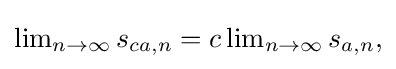
{\textstyle \lim _{n\rightarrow \infty }s_{ca,n}=c\lim _{n\rightarrow \infty }s_{a,n},}